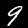
Digit: 9